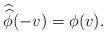
LaTeX: \begin{align*}\widehat{\widehat{\phi}}(-v) =\phi(v).\end{align*}